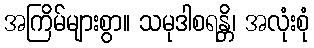
အကြိမ်များစွာ။ သမုဒါစရန္တိ၊ အလုံးစုံ